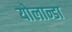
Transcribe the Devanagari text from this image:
योलान्डा